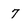
Character: 7